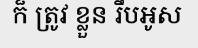
ក៏ ត្រូវ ខ្លួន រឹបអូស